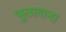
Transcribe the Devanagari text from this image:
भुतलाना